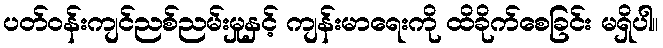
ပတ်ဝန်းကျင်ညစ်ညမ်းမှုနှင့် ကျန်းမာရေးကို ထိခိုက်စေခြင်း မရှိပါ။